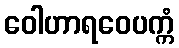
ဝေါဟာရဝေပက္ကံ